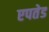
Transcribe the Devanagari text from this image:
एपतेड